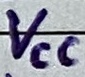
Text: VCC